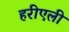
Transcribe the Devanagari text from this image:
हरीएली